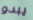
يبدو